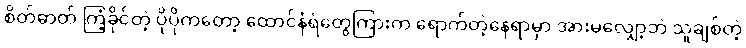
စိတ်ဓာတ် ကြံ့ခိုင်တဲ့ ပိုပိုကတော့ ထောင်နံရံတွေကြားက ရောက်တဲ့နေရာမှာ အားမလျှော့ဘဲ သူချစ်တဲ့